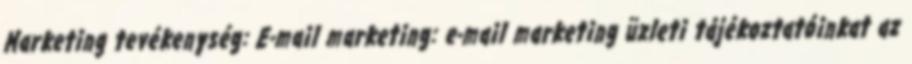
Marketing tevékenység: E-mail marketing: e-mail marketing üzleti tájékoztatóinkat az